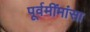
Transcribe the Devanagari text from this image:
पूर्वमींमांसा